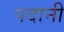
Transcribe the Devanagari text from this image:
पदानी